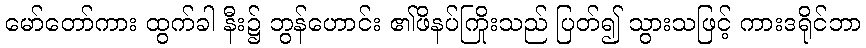
မော်တော်ကား ထွက်ခါ နီး၌ ဘွန်ဟောင်း ၏ဖိနပ်ကြိုးသည် ပြတ်၍ သွားသဖြင့် ကားဒရိုင်ဘာ